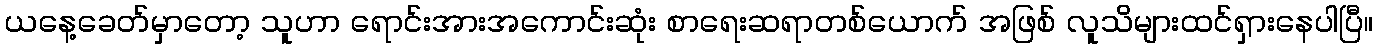
ယနေ့ခေတ်မှာတော့ သူဟာ ရောင်းအားအကောင်းဆုံး စာရေးဆရာတစ်ယောက် အဖြစ် လူသိများထင်ရှားနေပါပြီ။